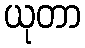
ယုတာ